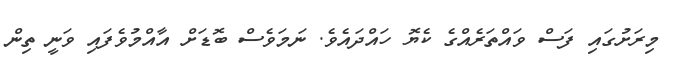
މިރަށުގައި ފަސް ވައްތަރެއްގެ ކެޔޮ ހައްދައެވެ. ނަމަވެސް ބޮޑަށް އާއްމުވެފައި ވަނީ ތިން